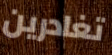
تغادرين